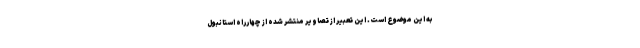
به این موضوع است. این تعبیر از تصاویر منتشر شده از چهارراه استانبول